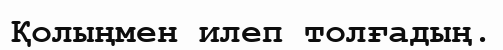
Қолыңмен илеп толғадың.